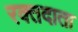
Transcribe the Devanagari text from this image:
रक्‍तदाता